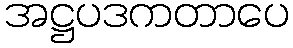
အဋ္ဌပဒကတာပေ